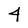
Character: 4